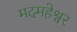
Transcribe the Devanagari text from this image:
मदमहेश्वर